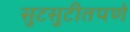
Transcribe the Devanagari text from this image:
सुटसुटीतपणे